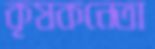
কৃষকনেতা